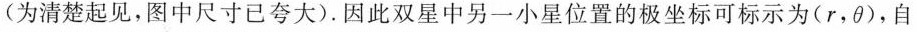
(为清楚起见，图中尺寸已夸大)。因此双星中另一小星位置的极坐标可标示为(r，θ)，自